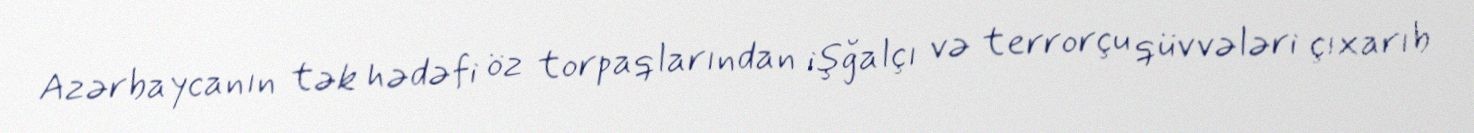
Azərbaycanın tək hədəfi öz torpaqlarından işğalçı və terrorçu qüvvələri çıxarıb